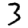
Digit: 3